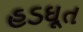
હડઘૂત